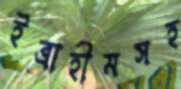
ইব্রাহীমসহ